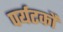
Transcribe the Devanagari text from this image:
पर्यटकौं